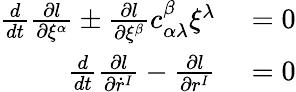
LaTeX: \begin{array}{rl}{\frac{d}{dt}\frac{\partial l}{\partial\xi^{\alpha}}\pm\frac{\partial l}{\partial\xi^{\beta}}c_{\alpha\lambda}^{\beta}\xi^{\lambda}}&{{}=0}\\ {\frac{d}{dt}\frac{\partial l}{\partial\dot{r}^{I}}-\frac{\partial l}{\partial r^{I}}}&{{}=0}\end{array}